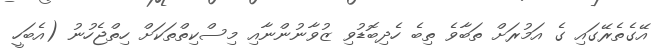
އޭގެތެރޭގައި ގެ އަމުރަށް ތަބާވެ ތިބެ ހެދިބޮޑުވި ޒުވާނުންނާއި މިސްކިތްތަކަށް ހިތްޖެހުނު (އެބަހީ